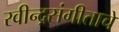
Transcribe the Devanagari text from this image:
रवीन्द्रसंगीताचे